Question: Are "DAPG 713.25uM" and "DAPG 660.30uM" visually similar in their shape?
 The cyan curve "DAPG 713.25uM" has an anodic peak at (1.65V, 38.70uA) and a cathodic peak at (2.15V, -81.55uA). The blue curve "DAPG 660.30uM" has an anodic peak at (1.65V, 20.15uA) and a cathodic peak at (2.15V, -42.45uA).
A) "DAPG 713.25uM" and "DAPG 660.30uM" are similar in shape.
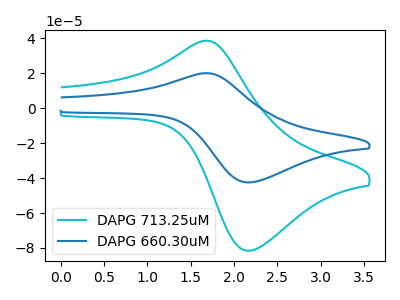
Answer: <think>All the peaks in "DAPG 713.25uM" have a peak in "DAPG 660.30uM" at the same potential. Every peak in "DAPG 713.25uM" is higher than every peak in "DAPG 660.30uM".
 </think>
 <answer>A) "DAPG 713.25uM" and "DAPG 660.30uM" are similar in shape.</answer>
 <eval>A</eval>